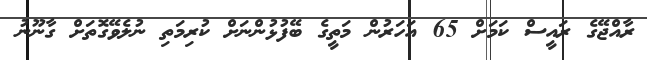
ރާއްޖޭގެ ރައީސް ކަމަށް 65 އަހަރުން މަތީގެ ބޭފުޅުންނަށް ކުރިމަތި ނުލެވޭގޮތަށް ގާނޫނު